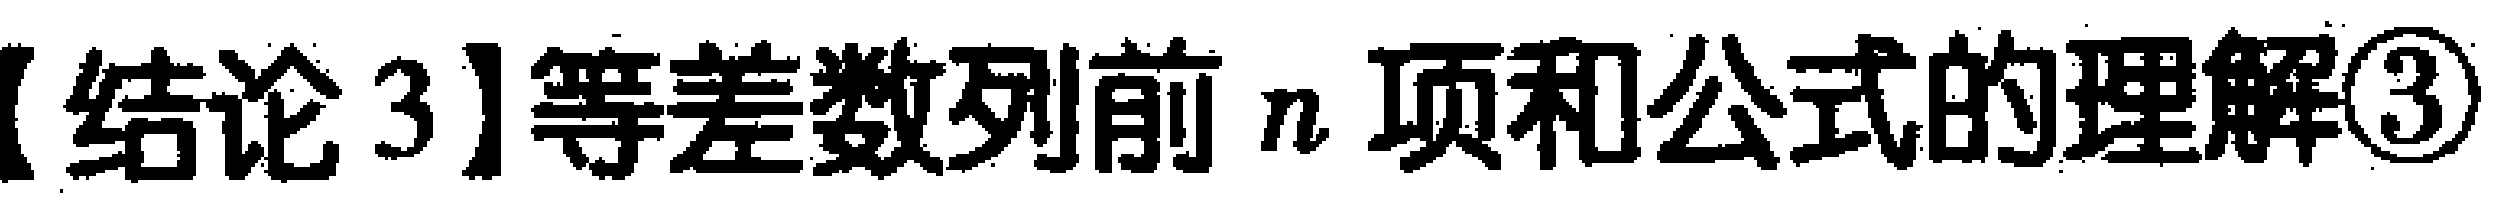
【结论 3】等差数列前 \(n\) 项和公式的理解\textcircled{3}